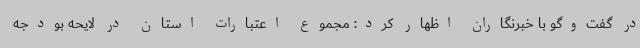
در گفت‌وگو با خبرنگاران اظهار کرد: مجموع اعتبارات استان در لایحه بودجه